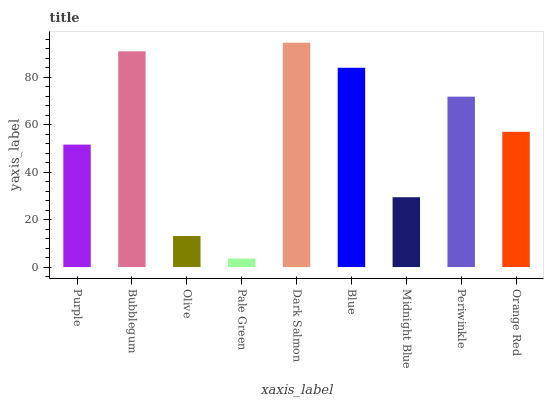
| xaxis_label | bars |
 | --- | --- |
 | Purple | 51.7 |
 | Bubblegum | 91 |
 | Olive | 13.1 |
 | Pale Green | 3.56 |
 | Dark Salmon | 94.6 |
 | Blue | 84.1 |
 | Midnight Blue | 29.5 |
 | Periwinkle | 71.9 |
 | Orange Red | 57.1 |